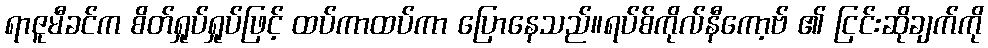
ရာဇူမီခင်က စိတ်ရှုပ်ရှုပ်ဖြင့် ထပ်ကာထပ်ကာ ပြောနေသည်။ရပ်စ်ကိုလ်နီကော့ဗ် ၏ ငြင်းဆိုချက်ကို